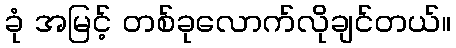
ခုံ အမြင့် တစ်ခုလောက်လိုချင်တယ်။